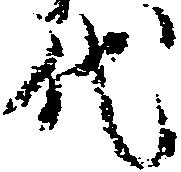
代